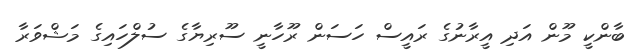
ބާންކީ މޫން އަދި އީރާނުގެ ރައީސް ހަސަން ރޫހާނީ ސޫރިޔާގެ ސުލްހައިގެ މަޝްވަރާ